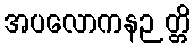
အပလောကနဉတ္တိ